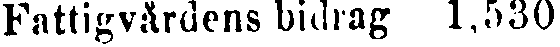
Fattigvårdens bidrag 1,530